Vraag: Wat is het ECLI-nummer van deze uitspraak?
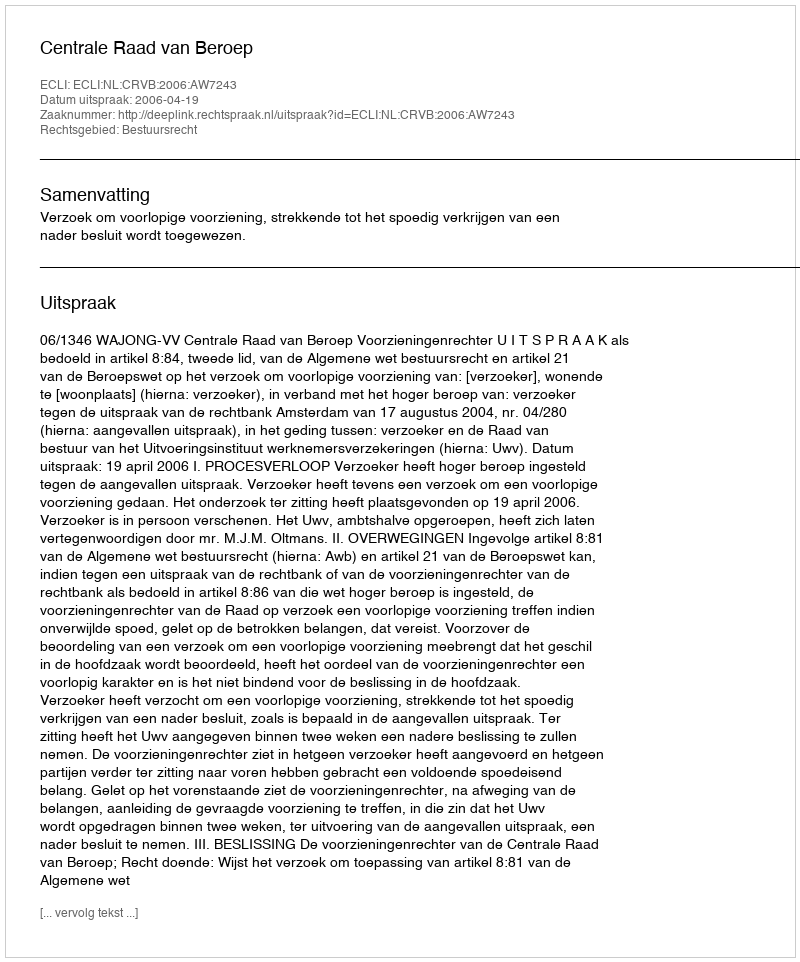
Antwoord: ECLI:NL:CRVB:2006:AW7243